NAE_ERA_R-2362_Emakeele_Selts, lk 14
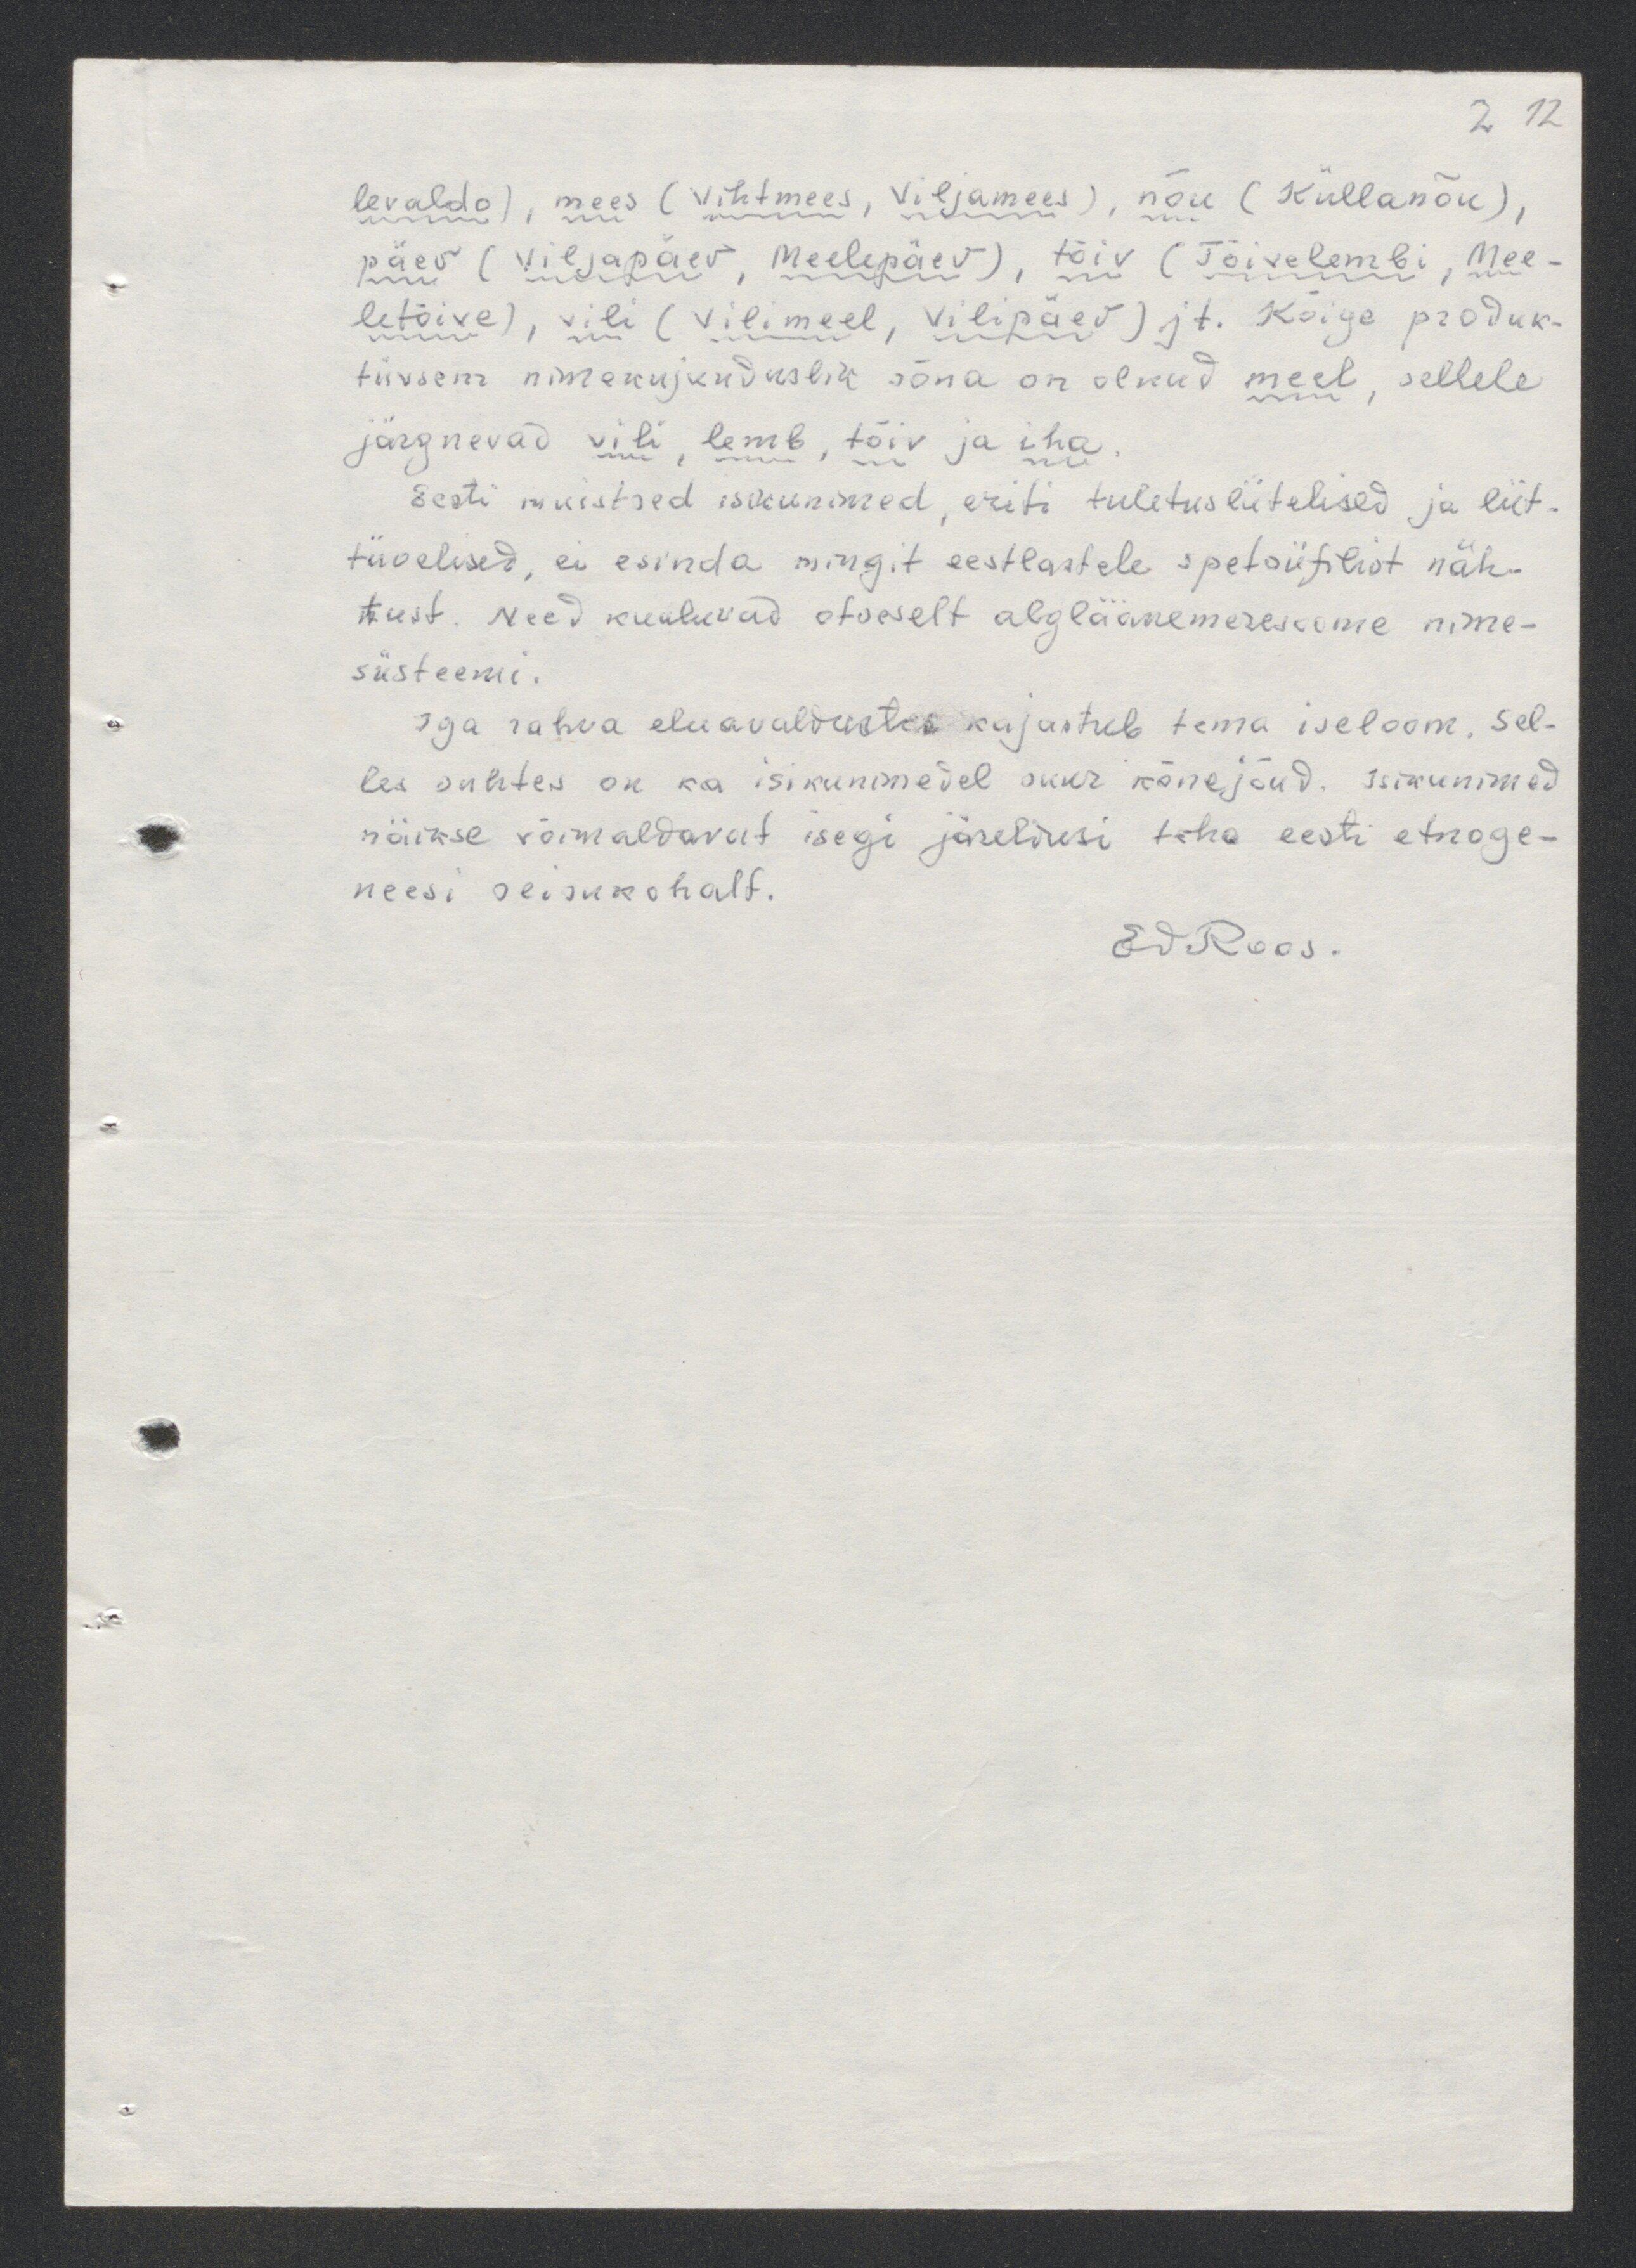
2 12

levaldo), mees (Vihtmees, Viljamees), nõu (Küllanõu),
päew (Viljapäev, Meelepäev), tõiv (Tõivelembi, Mee-
letõive), vili (Vilimeel, Vilipäev) jt. Kõige produk-
tiivsem nimekujunduslik sõna on olnud meel, sellele
järgnevad vili, lend, tõiv ja iha
Eesti muistsed isikunimed, eriti tuletusliitelised ja liit-
tüvelised, ei esinda mingit eestlastele spetsiifilist näh-
tust. Need kuuluvad otseselt algläänemeresoome nime-
süsteemi.
Iga rahva eluavaldustes kajastub tema iseloom. Sel-
les suhtes on ka isikunimedel suur kõnejõud. Isikunimed
näikse võimaldavat isegi järeldusi teha eesti etnoge-
neesi seisukohalt.
Ed Roos.